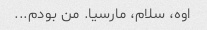
اوه، سلام، مارسیا. من بودم...